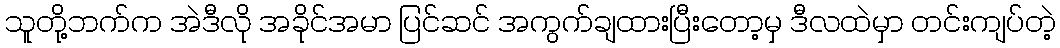
သူတို့ဘက်က အဲဒီလို အခိုင်အမာ ပြင်ဆင် အကွက်ချထားပြီးတော့မှ ဒီလထဲမှာ တင်းကျပ်တဲ့